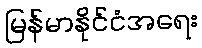
မြန်မာနိုင်ငံအရေး